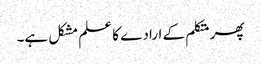
پھر متکلم کے ارادے کا علم مشکل ہے۔